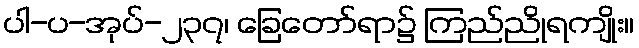
ပါ-ပ-အုပ်-၂၃၇၊ ခြေတော်ရာ၌ ကြည်ညိုရကျိုး။